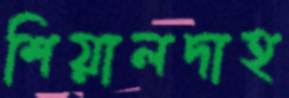
শিয়ালদাহ